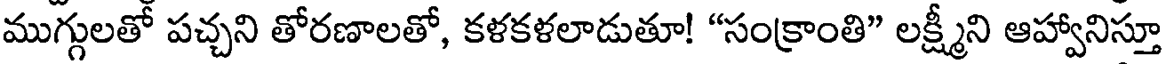
ముగ్గులతో పచ్చని తోరణాలతో, కళకళలాడుతూ! "సంక్రాంతి" లక్ష్మీని ఆహ్వానిస్తూ